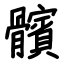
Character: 髕